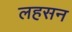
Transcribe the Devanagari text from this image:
लहसन